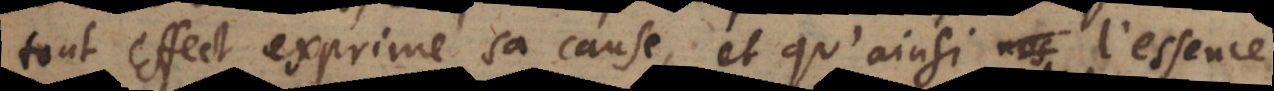
tout effect exprime sa cause, et qu’ainsi l’essence